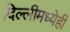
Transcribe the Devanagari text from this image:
दिल्लीमध्येही